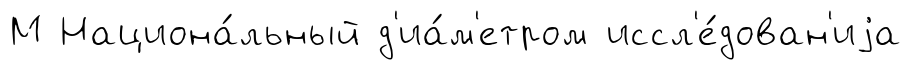
М Национа́льный д'иа́м'етром иссл'е́дован'иjа